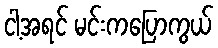
ငါ့အရင် မင်းကပြောကွယ်